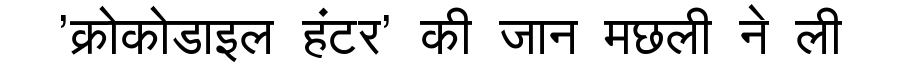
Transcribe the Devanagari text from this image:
'क्रोकोडाइल हंटर' की जान मछली ने ली